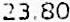
23.80